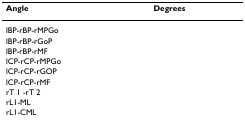
| Angle | Degrees |
 | --- | --- |
 | lBP-rBP-rMPGo |  |
 | lBP-rBP-rGoP |  |
 | lBP-rBP-rMF |  |
 | lCP-rCP-rMPGo |  |
 | lCP-rCP-rGOP |  |
 | lCP-rCP-rMF |  |
 | rT 1 -rT 2 |  |
 | rL1-ML |  |
 | rL1-CML |  |